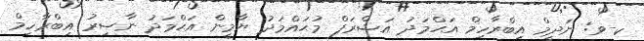
ކ-ވ: ނަދީމް އިބްރާހިމް އަޙްމަދު އަޝްރަފް މުޙައްމަދު ޔާމީން އަޙްމަދު ނާޞިރު އިބްރާހިމް